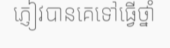
ភ្ញៀវបានគេទៅធ្វើថ្នាំ